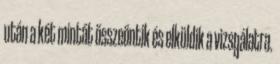
után a két mintát összeöntik és elküldik a vizsgálatra.